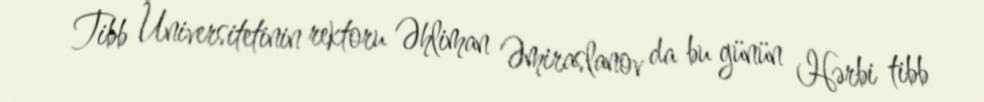
Tibb Universitetinin rektoru Əhliman Əmiraslanov da bu günün Hərbi tibb